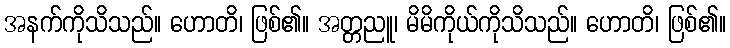
အနက်ကိုသိသည်။ ဟောတိ၊ ဖြစ်၏။ အတ္တညူ၊ မိမိကိုယ်ကိုသိသည်။ ဟောတိ၊ ဖြစ်၏။